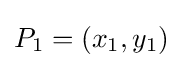
P_{1}=(x_{1},y_{1})